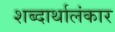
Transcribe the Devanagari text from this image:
शब्दार्थालंकार